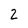
Character: 2